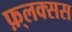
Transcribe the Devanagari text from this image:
फ़्लक्सस